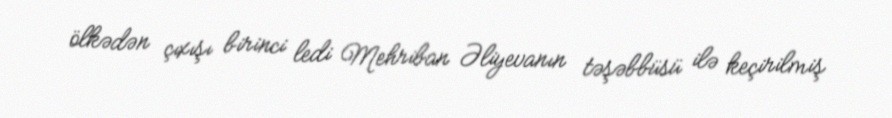
ölkədən çıxışı birinci ledi Mehriban Əliyevanın təşəbbüsü ilə keçirilmiş